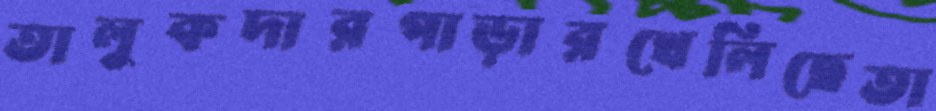
তালুকদারপাড়ারখেলিছেতা